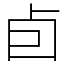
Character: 卣